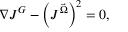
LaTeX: \nabla J ^ { G } - \left( J ^ { \vec { \Omega } } \right) ^ { 2 } = 0 ,